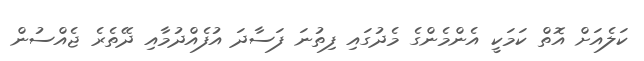
ކަލެއަށް އޮތް ކަމަކީ އެންމެންގެ މެދުގައި ފިތުނަ ފަސާދަ އުފެއްދުމާއި ދޭތެރެ ޖެއްސުން